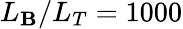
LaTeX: L_{\mathbf{B}}/L_{T}=1000